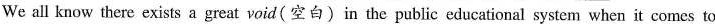
We all know there exists a great void(空白)in the public educational system when it comes to